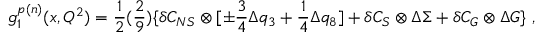
g _ { 1 } ^ { p ( n ) } ( x , Q ^ { 2 } ) = { \frac { 1 } { 2 } } ( { \frac { 2 } { 9 } } ) \{ \delta C _ { N S } \otimes [ \pm { \frac { 3 } { 4 } } \Delta q _ { 3 } + { \frac { 1 } { 4 } } \Delta q _ { 8 } ] + \delta C _ { S } \otimes \Delta \Sigma + \delta C _ { G } \otimes \Delta G \} ~ ,